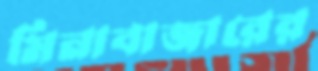
মিনাবাজারের